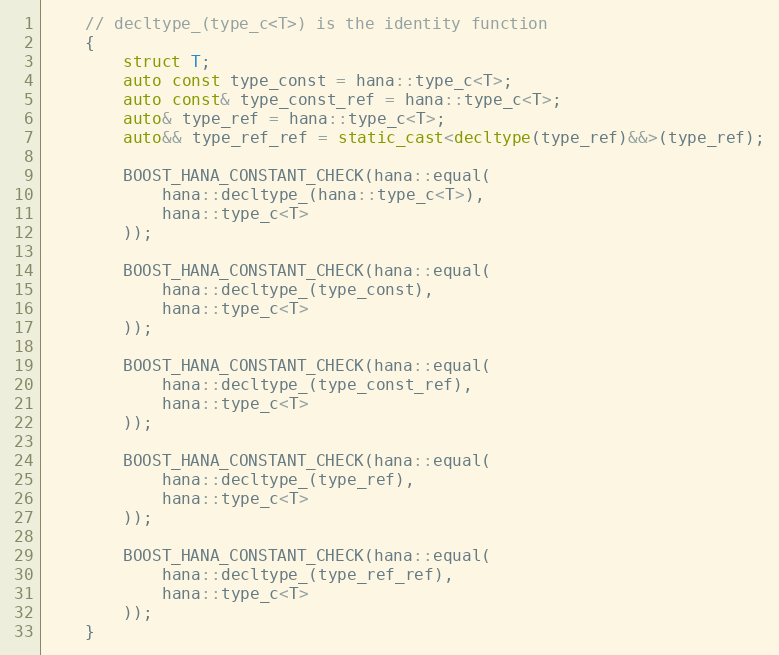
Language: C++
    // decltype_(type_c<T>) is the identity function
    {
        struct T;
        auto const type_const = hana::type_c<T>;
        auto const& type_const_ref = hana::type_c<T>;
        auto& type_ref = hana::type_c<T>;
        auto&& type_ref_ref = static_cast<decltype(type_ref)&&>(type_ref);

        BOOST_HANA_CONSTANT_CHECK(hana::equal(
            hana::decltype_(hana::type_c<T>),
            hana::type_c<T>
        ));

        BOOST_HANA_CONSTANT_CHECK(hana::equal(
            hana::decltype_(type_const),
            hana::type_c<T>
        ));

        BOOST_HANA_CONSTANT_CHECK(hana::equal(
            hana::decltype_(type_const_ref),
            hana::type_c<T>
        ));

        BOOST_HANA_CONSTANT_CHECK(hana::equal(
            hana::decltype_(type_ref),
            hana::type_c<T>
        ));

        BOOST_HANA_CONSTANT_CHECK(hana::equal(
            hana::decltype_(type_ref_ref),
            hana::type_c<T>
        ));
    }